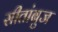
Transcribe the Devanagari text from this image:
सीतांबुज